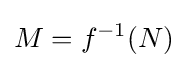
M=f^{-1}(N)